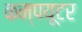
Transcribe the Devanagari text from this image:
कम्‍पयूटर